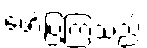
ဖော်ပြကြသည်